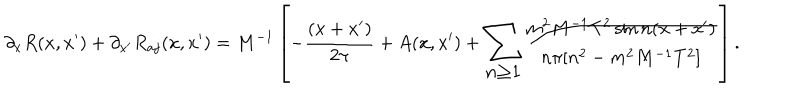
LaTeX: \partial _ { x } R ( x , x ^ { \prime } ) + \partial _ { x ^ { \prime } } R _ { a j } ( x , x ^ { \prime } ) = M ^ { - 1 } \left[ - \frac { ( x + x ^ { \prime } ) } { 2 \pi } + A ( x , x ^ { \prime } ) + { \Large \sum _ { n \geq 1 } } \frac { m ^ { 2 } M ^ { - 1 } T ^ { 2 } \sin n ( x + x ^ { \prime } ) } { n \pi [ n ^ { 2 } - m ^ { 2 } M ^ { - 1 } T ^ { 2 } ] } \right] . \nonumber